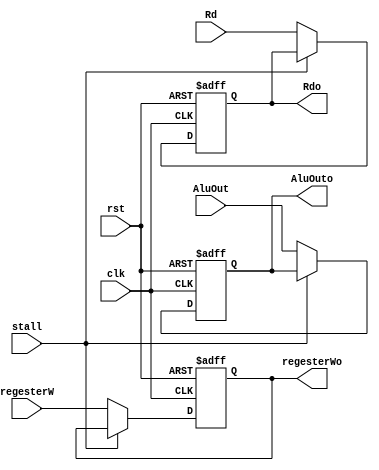
module s6_Forward (
    output reg [31:0] AluOuto,
    output reg [4:0] Rdo,
    output reg regesterWo,
    input [31:0] AluOut,
    input [4:0] Rd,
    input regesterW,
    input clk,rst,stall
);
    always @(posedge clk, negedge rst) begin
        if(!rst)begin
            AluOuto<=0;
            Rdo<=0;
            regesterWo<=0;
        end
        else begin
            if(stall) begin
                AluOuto<=AluOuto;
                Rdo<=Rdo;
                regesterWo<=regesterWo;
            end else begin
                AluOuto<=AluOut;
                Rdo<=Rd;
                regesterWo<=regesterW;
            end
        end
    end
endmodule


// module D_forward(
//     output reg [31:0] Rafwd,Rs2s3,
//     input [31:0] reg_write_data_halfs4,reg_write_datas5,reg_write_datas6,Ras3,Rbs3,
//     input [4:0] Rds4,Raas3,Rbas3,Rds5,Rds6,
//     input regesterWs4,regesterWs5,regesterWs6,
//     input [1:0] regSrcs4);

//     always @(*) begin // TODO: optimise and test 
//         if(Rds4==Raas3&&regesterWs4&&(regSrcs4==0)&&(Rds4!=0))begin
//             Rafwd=reg_write_data_halfs4;
//         end
//         else if(Rds5==Raas3&&regesterWs5&&(Rds5!=0)) begin
//             Rafwd=reg_write_datas5;
//         end
//         else if(Rds6==Raas3&&regesterWs6&&(Rds6!=0)) begin
//             Rafwd=reg_write_datas6;
//         end
//         else begin
//             Rafwd=Ras3;
//         end
//     end

//     always @(*) begin  
//         if(Rds4==Rbas3&&regesterWs4&&(regSrcs4!=1)&&(Rds4!=0))begin
//             Rs2s3=reg_write_data_halfs4;
//         end
//         else if(Rds5==Rbas3&&regesterWs5&&(Rds5!=0)) begin
//             Rs2s3=reg_write_datas5;
//         end
//         else if(Rds6==Rbas3&&regesterWs6&&(Rds6!=0)) begin
//             Rs2s3=reg_write_datas6;
//         end
//         else begin
//             Rs2s3=Rbs3;
//         end
//     end

// endmodule